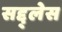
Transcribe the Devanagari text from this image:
सद्द्लेस